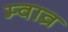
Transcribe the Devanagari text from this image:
म्वाव्र